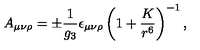
A _ { \mu \nu \rho } = \pm { \frac { 1 } { g _ { 3 } } } \epsilon _ { \mu \nu \rho } \left( 1 + { \frac { K } { r ^ { 6 } } } \right) ^ { - 1 } ,